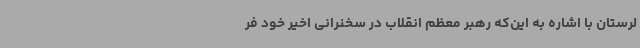
لرستان با اشاره به این‌که رهبر معظم انقلاب در سخنرانی اخیر خود فر